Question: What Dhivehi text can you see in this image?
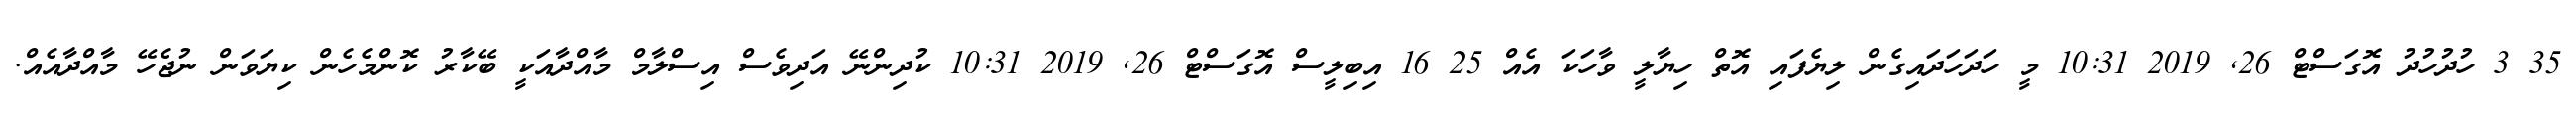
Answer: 35 3 ހުދުހުދު އޮގަސްޓް 26, 2019 10:31 މީ ހަދަހަދައިގެން ލިޔެފައި އޮތް ހިޔާލީ ވާހަކަ އެއް 25 16 އިބިލީސް އޮގަސްޓް 26, 2019 10:31 ކުދިންނޭ އަދިވެސް އިސްލާމް މާއްދާއަކީ ބޭކާރު ކޮންމެހެން ކިޔަވަން ނުޖެހޭ މާއްދާއެއް.